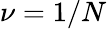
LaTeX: \nu=1/N